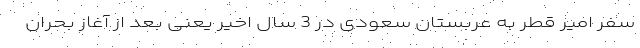
سفر امیر قطر به عربستان سعودی در 3 سال اخیر یعنی بعد از آغاز بحران